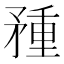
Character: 𥍽